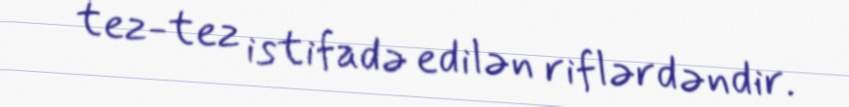
tez-tez istifadə edilən riflərdəndir.